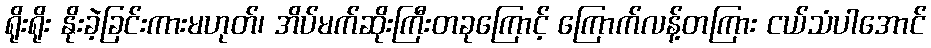
ရိုးရိုး နိုးခဲ့ခြင်းကားမဟုတ်၊ အိပ်မက်ဆိုးကြီးတခုကြောင့် ကြောက်လန့်တကြား ငယ်သံပါအောင်